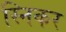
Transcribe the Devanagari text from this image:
स्निकर